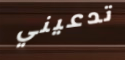
تدعيني